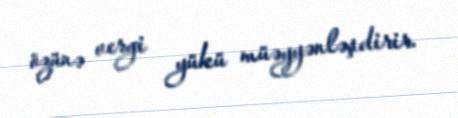
özünə vergi yükü müəyyənləşdirir.